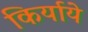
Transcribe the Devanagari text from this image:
किर्याये